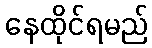
နေထိုင်ရမည်